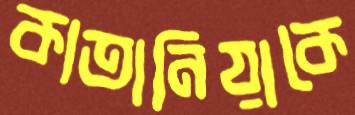
কাতানিয়াকে